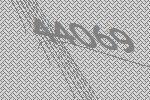
44069